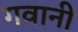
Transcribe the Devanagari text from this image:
गवानी